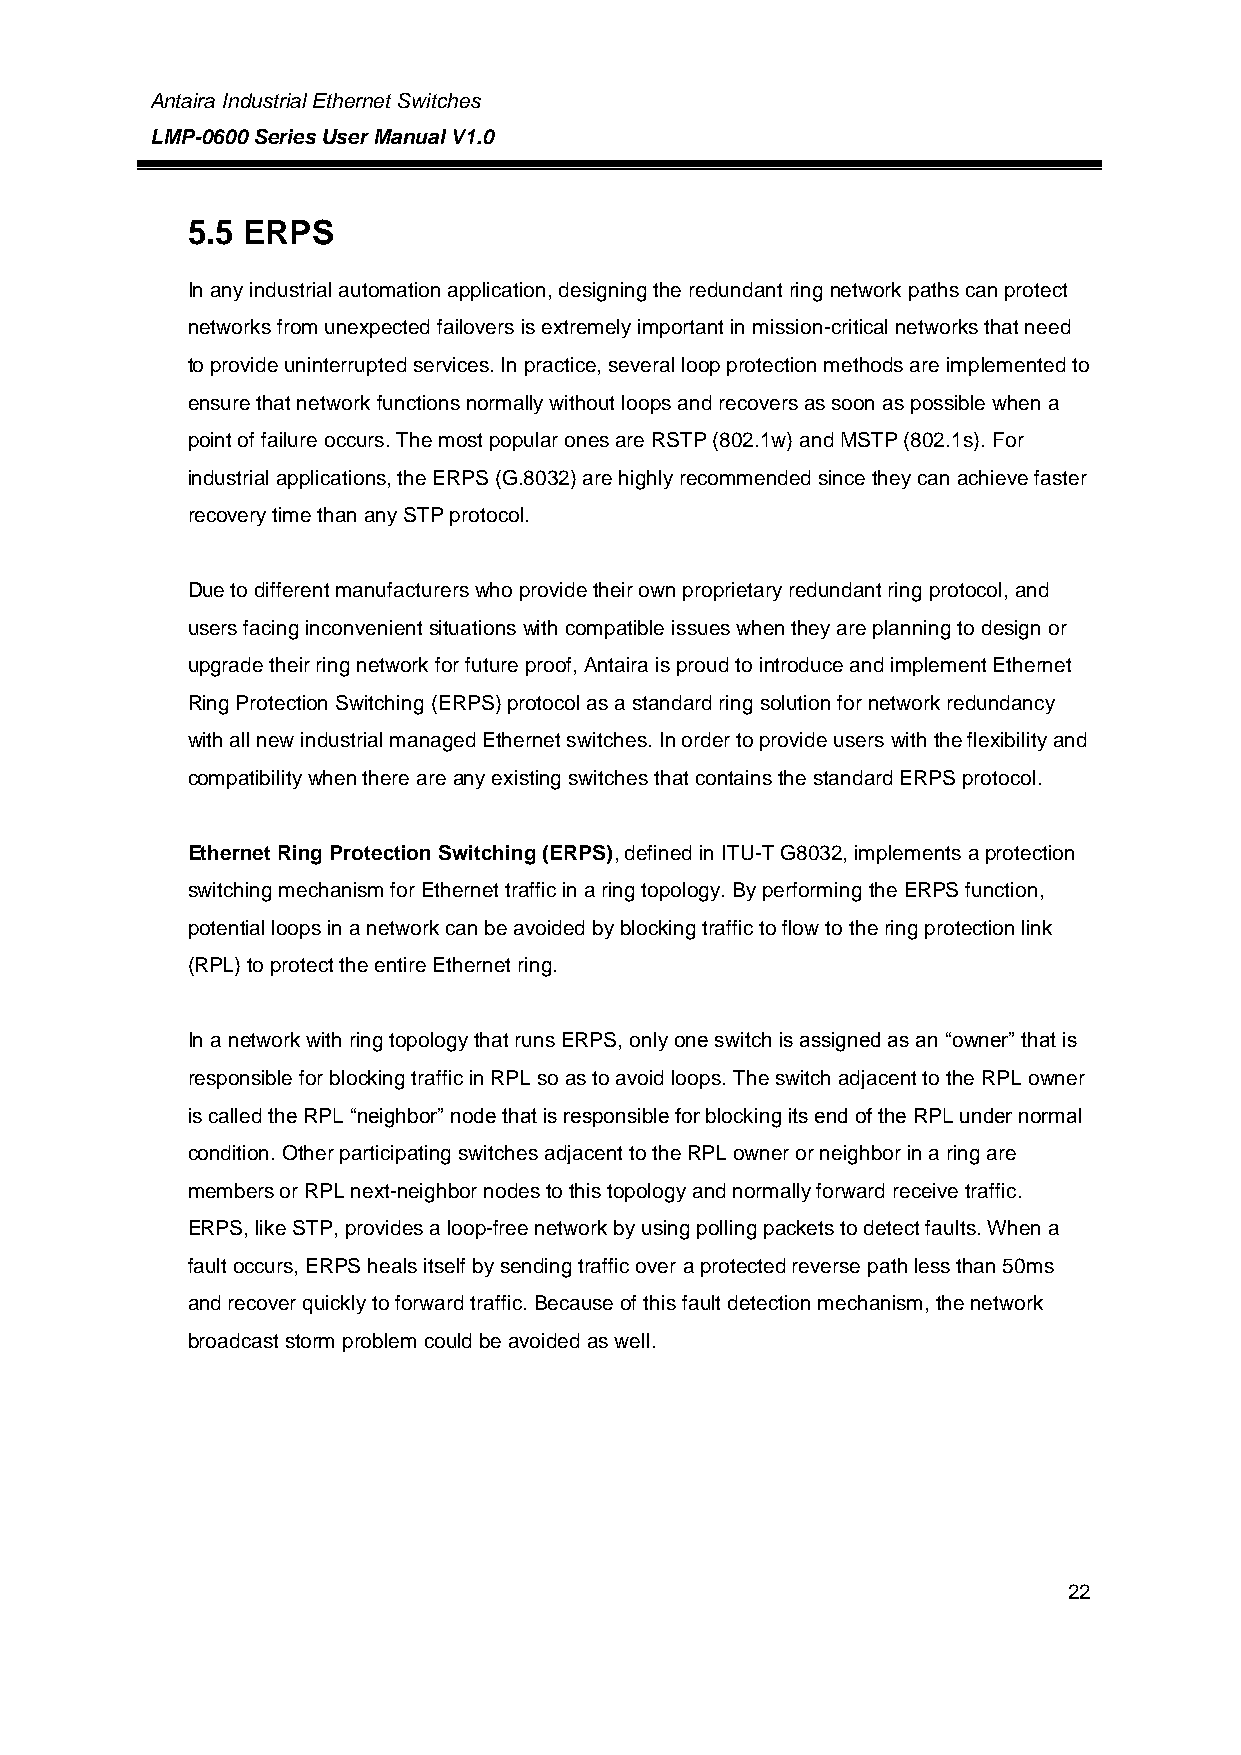
Antaira Industrial Ethernet Switches
 LMP-0600 Series User Manual V1.0
 5.5 ERPS
 In any industrial automation application, designing the redundant ring network paths can protect
 networks from unexpected failovers is extremely important in mission-critical networks that need
 to provide uninterrupted services. In practice, several loop protection methods are implemented to
 ensure that network functions normally without loops and recovers as soon as possible when a
 point of failure occurs. The most popular ones are RSTP (802.1w) and MSTP (802.1s). For
 industrial applications, the ERPS (G.8032) are highly recommended since they can achieve faster
 recovery time than any STP protocol.
 Due to different manufacturers who provide their own proprietary redundant ring protocol, and
 users facing inconvenient situations with compatible issues when they are planning to design or
 upgrade their ring network for future proof, Antaira is proud to introduce and implement Ethernet
 Ring Protection Switching (ERPS) protocol as a standard ring solution for network redundancy
 with all new industrial managed Ethernet switches. In order to provide users with the flexibility and
 compatibility when there are any existing switches that contains the standard ERPS protocol.
 Ethernet Ring Protection Switching (ERPS), defined in ITU-T G8032, implements a protection
 switching mechanism for Ethernet traffic in a ring topology. By performing the ERPS function,
 potential loops in a network can be avoided by blocking traffic to flow to the ring protection link
 (RPL) to protect the entire Ethernet ring.
 In a network with ring topology that runs ERPS, only one switch is assigned as an “owner” that is
 responsible for blocking traffic in RPL so as to avoid loops. The switch adjacent to the RPL owner
 is called the RPL “neighbor” node that is responsible for blocking its end of the RPL under normal
 condition. Other participating switches adjacent to the RPL owner or neighbor in a ring are
 members or RPL next-neighbor nodes to this topology and normally forward receive traffic.
 ERPS, like STP, provides a loop-free network by using polling packets to detect faults. When a
 fault occurs, ERPS heals itself by sending traffic over a protected reverse path less than 50ms
 and recover quickly to forward traffic. Because of this fault detection mechanism, the network
 broadcast storm problem could be avoided as well.
 22